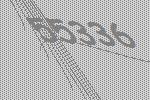
55336